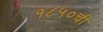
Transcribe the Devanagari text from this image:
१८५०ची